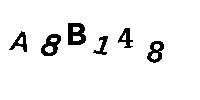
A8B148